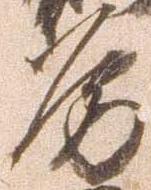
房